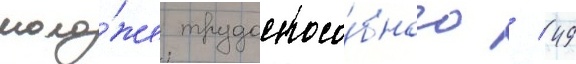
моло́же трудоспосо́бного / 49